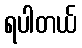
ရပါတယ်